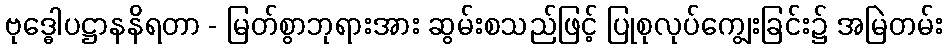
ဗုဒ္ဓေါပဋ္ဌာနနိရတာ - မြတ်စွာဘုရားအား ဆွမ်းစသည်ဖြင့် ပြုစုလုပ်ကျွေးခြင်း၌ အမြဲတမ်း